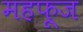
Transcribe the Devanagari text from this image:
महफ़ूज